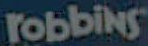
robbins